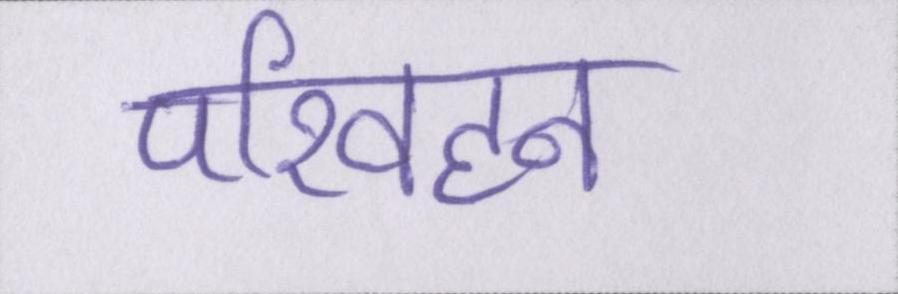
परिवहन